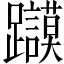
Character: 𲄔